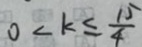
0 < k \leq \frac { 1 5 } { 4 }